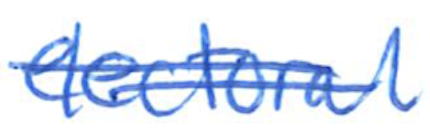
Text: electoral
Cross-out: mix
Writing tool: ballpoint